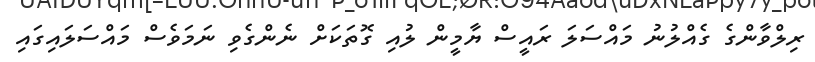
ރިލްވާންގެ ގެއްލުނު މައްސަލަ ރައީސް ޔާމީން ލުއި ގޮތަކަށް ނެންގެވި ނަމަވެސް މައްސަލައިގައި